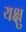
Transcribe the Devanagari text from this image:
यक्षु